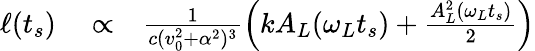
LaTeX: \begin{array}{rlr}{\ell(t_{s})}&{{}\propto}&{\frac{1}{c(v_{0}^{2}+\alpha^{2})^{3}}\Big(kA_{L}(\omega_{L}t_{s})+\frac{A_{L}^{2}(\omega_{L}t_{s})}{2}\Big)}\end{array}